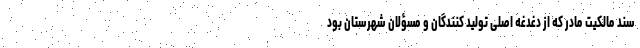
سند مالکیت مادر که از دغدغه اصلی تولید کنندگان و مسؤلان شهرستان بود